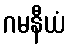
ဂမနီယံ